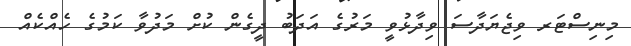
މިނިސްޓަރ ވިޖެޔަދާސަ ވިދާޅުވީ މަރުގެ އަދަބު ދީގެން ކުށް މަދުވާ ކަމުގެ ހެއްކެެއް